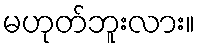
မဟုတ်ဘူးလား။